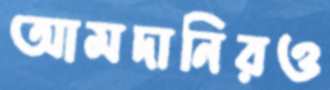
আমদানিরও